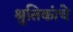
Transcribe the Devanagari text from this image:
श्रुतिकांचे